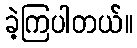
ခဲ့ကြပါတယ်။